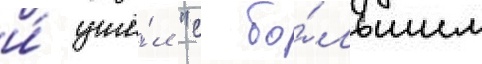
и́ ушё́л "с бо́льшим